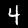
Digit: 4